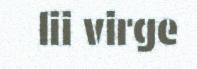
lii virge